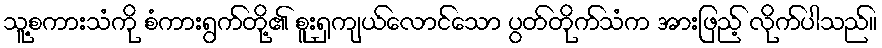
သူ့စကားသံကို စံကားရွက်တို့၏ စူးရှကျယ်လောင်သော ပွတ်တိုက်သံက အားဖြည့် လိုက်ပါသည်။